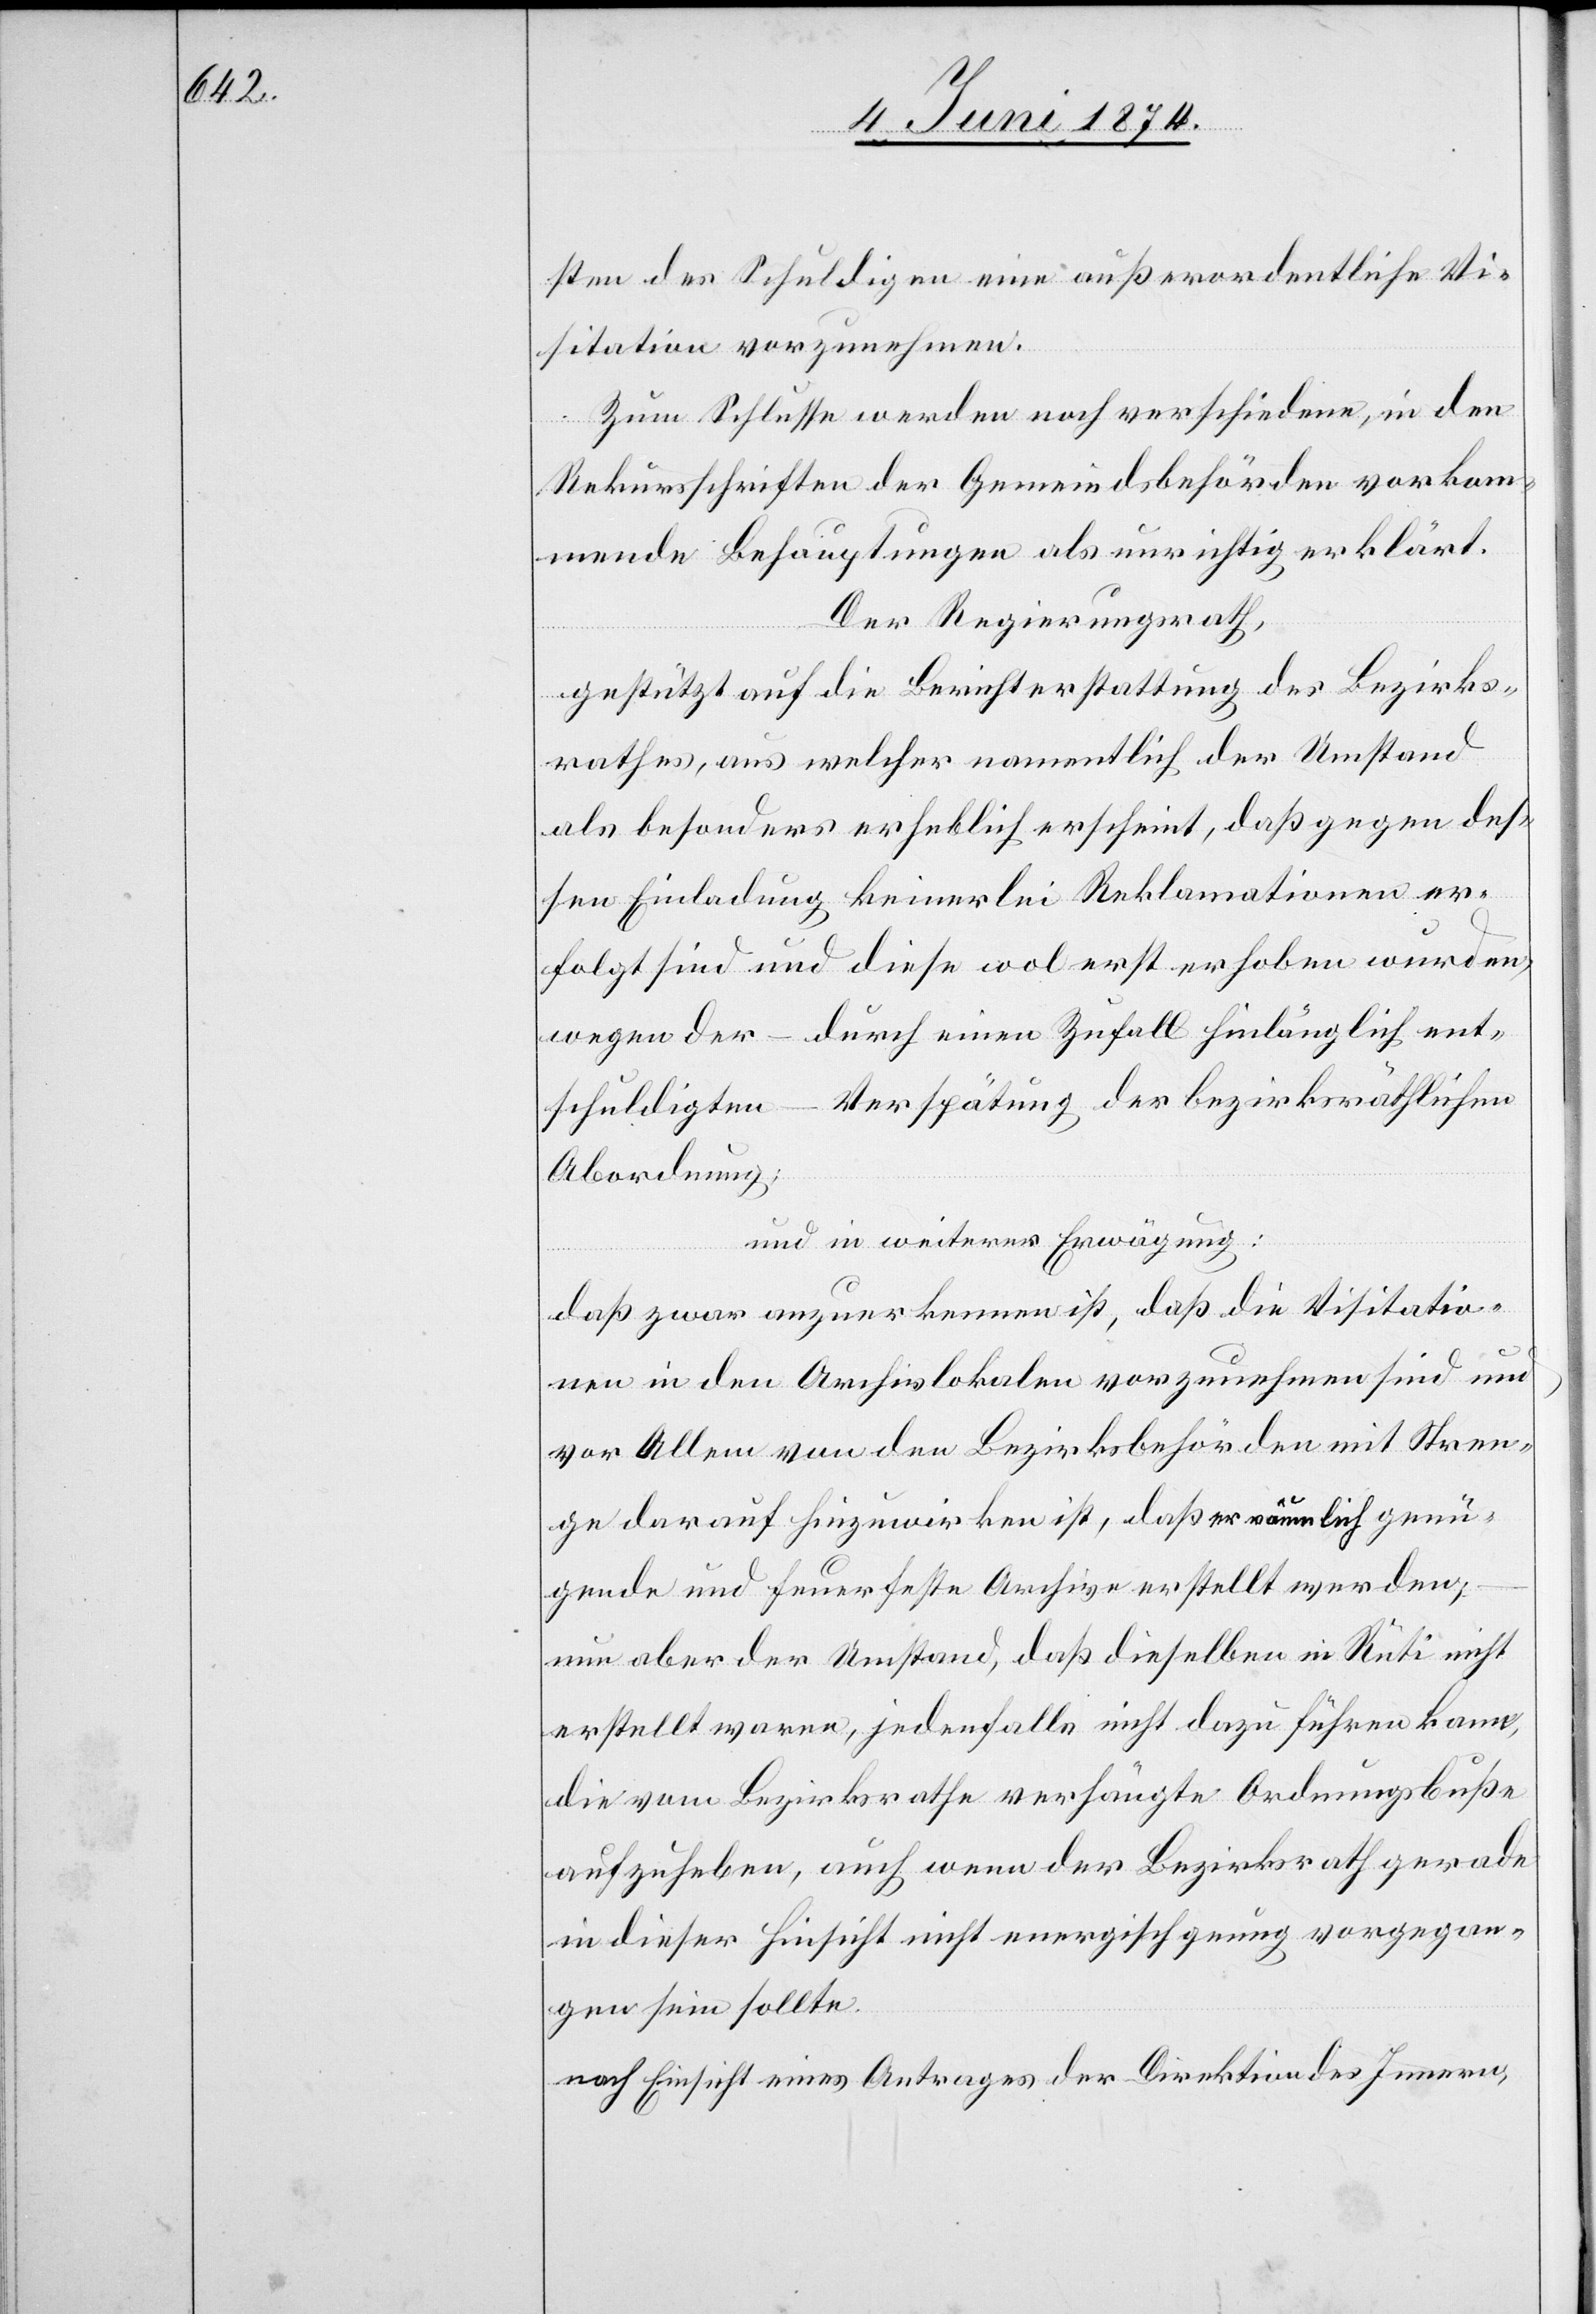
sten des Schuldigen eine außerordentliche Vi¬
sitation vorzunehmen.
Zum Schlusse werden noch verschiedene, in den
Rekursschriften der Gemeindsbehörden vorkom¬
mende Behauptungen als unrichtig erklärt.
Der Regierungsrath,
gestützt auf die Berichterstattung des Bezirks¬
rathes, aus welcher namentlich der Umstand
als besonders erheblich erscheint, daß gegen des¬
sen Einladung keinerlei Reklamationen er¬
folgt sind und dies wohl erst erhoben wurden,
wegen der – durch einen Zufall hinlänglich ent¬
schuldigten – Verspätung der bezirksräthlichen
Abordnung;
und in weiterer Erwägung:
daß zwar anzuerkennen ist, daß die Visitatio¬
nen in den Archivlokalen vorzunehmen sind und
vor Allem von den Bezirksbehörden mit Stren¬
ge darauf hinzuwirken ist, daß er räumlich genü¬
gende und feuerfeste Archive erstellt werden
nun aber der Umstand, daß dieselben in Rüti nicht
erstellt waren, jedenfalls nicht dazu führen kann,
die vom Bezirksrathe verhängte Ordnungsbuße
aufzuheben, auch wenn der Bezirksrath gerade
in dieser Hinsicht nicht energisch genug vorgegan¬
gen sein sollte,
nach Einsicht eines Antrages der Direktion des Inneren,